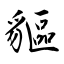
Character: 貙